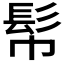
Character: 𩫹